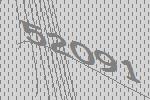
52091